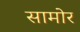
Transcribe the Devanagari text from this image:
सामोर